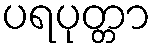
ပရပုတ္တာ